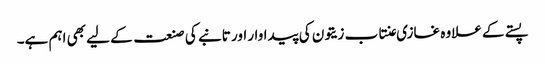
پستے کے علاوہ غازی عنتاب زیتون کی پیداوار اور تانبے کی صنعت کے لیے بھی اہم ہے۔